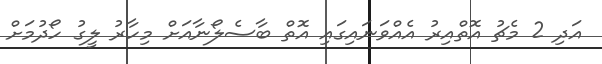
އަދި 2 މެޗު އޮތްއިރު އެއްވަނައިގައި އޮތް ބާސެލޯނާއަށް މިހާރު ލީގު ހޯދުމަށް